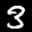
Label: 3